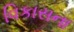
વિકાસના